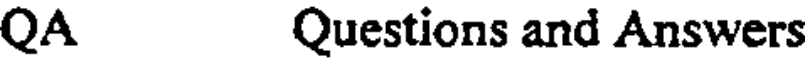
QA Questions and Answers